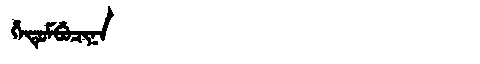
Manchu: ᡥᡝᡨᡠᠮᠪᡠᠴᡳᠨᠠ
Romanization: HETUMBUCINA